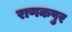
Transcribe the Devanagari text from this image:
राणकपुर